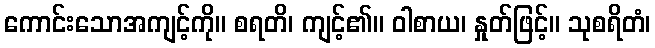
ကောင်းသောအကျင့်ကို။ စရတိ၊ ကျင့်၏။ ဝါစာယ၊ နှုတ်ဖြင့်။ သုစရိတံ၊